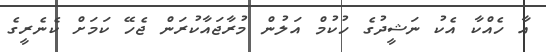
އާ ހެއްކާ އެކު ނަޝީދުގެ ހުކުމް އަލުން މުރާޖައާކުރަން ޖެހޭ ކަމަށް ކެނެރީގެ